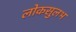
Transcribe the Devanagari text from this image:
लोकसुलभ